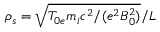
\rho _ { s } = \sqrt { { T _ { 0 e } m _ { i } c ^ { 2 } } / { ( e ^ { 2 } B _ { 0 } ^ { 2 } ) } } / L